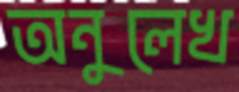
অনুলেখ